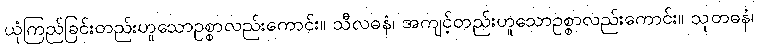
ယုံကြည်ခြင်းတည်းဟူသောဥစ္စာလည်းကောင်း။ သီလဓနံ၊ အကျင့်တည်းဟူသောဥစ္စာလည်းကောင်း။ သုတဓနံ၊